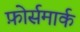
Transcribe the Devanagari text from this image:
फ़ोर्समार्क